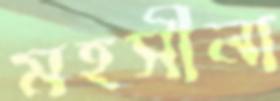
মহসীনা